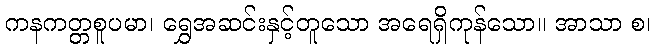
ကနကတ္တစူပမာ၊ ရွှေအဆင်းနှင့်တူသော အရေရှိကုန်သော။ အာသာ စ၊